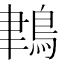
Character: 𪁀